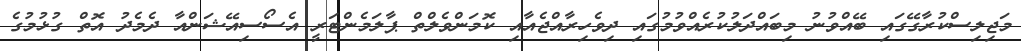
މަޖިލިސްކުރާގޭގައި ބޭއްވުނު މިބައްދަލުކުރެއްވުމުގައި ދިވެހިރާއްޖެއާއި ކޮމަންވެލްތް ޕާލަމެންޓަރީ އެސޯސިއޭޝަންއާ ދެމެދު އޮތް ގުޅުމުގެ